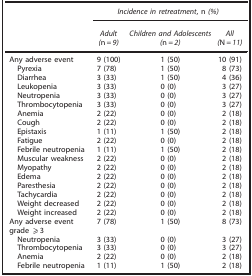
<table><thead><tr><td><b> </b></td><td colspan="3"><b><i>Incidence in retreatment</i>, n <i>(%)</i></b></td></tr><tr><td><b> </b></td><td><b><i>Adult (</i>n<i>=9)</i></b></td><td><b><i>Children and Adolescents (</i>n<i>=2)</i></b></td><td><b><i>All (</i>N<i>=11)</i></b></td></tr></thead><tbody><tr><td>Any adverse event</td><td>9 (100)</td><td>1 (50)</td><td>10 (91)</td></tr><tr><td> Pyrexia</td><td>7 (78)</td><td>1 (50)</td><td>8 (73)</td></tr><tr><td> Diarrhea</td><td>3 (33)</td><td>1 (50)</td><td>4 (36)</td></tr><tr><td> Leukopenia</td><td>3 (33)</td><td>0 (0)</td><td>3 (27)</td></tr><tr><td> Neutropenia</td><td>3 (33)</td><td>0 (0)</td><td>3 (27)</td></tr><tr><td> Thrombocytopenia</td><td>3 (33)</td><td>0 (0)</td><td>3 (27)</td></tr><tr><td> Anemia</td><td>2 (22)</td><td>0 (0)</td><td>2 (18)</td></tr><tr><td> Cough</td><td>2 (22)</td><td>0 (0)</td><td>2 (18)</td></tr><tr><td> Epistaxis</td><td>1 (11)</td><td>1 (50)</td><td>2 (18)</td></tr><tr><td> Fatigue</td><td>2 (22)</td><td>0 (0)</td><td>2 (18)</td></tr><tr><td> Febrile neutropenia</td><td>1 (11)</td><td>1 (50)</td><td>2 (18)</td></tr><tr><td> Muscular weakness</td><td>2 (22)</td><td>0 (0)</td><td>2 (18)</td></tr><tr><td> Myopathy</td><td>2 (22)</td><td>0 (0)</td><td>2 (18)</td></tr><tr><td> Edema</td><td>2 (22)</td><td>0 (0)</td><td>2 (18)</td></tr><tr><td> Paresthesia</td><td>2 (22)</td><td>0 (0)</td><td>2 (18)</td></tr><tr><td> Tachycardia</td><td>2 (22)</td><td>0 (0)</td><td>2 (18)</td></tr><tr><td> Weight decreased</td><td>2 (22)</td><td>0 (0)</td><td>2 (18)</td></tr><tr><td> Weight increased</td><td>2 (22)</td><td>0 (0)</td><td>2 (18)</td></tr><tr><td>Any adverse event grade ⩾3</td><td>7 (78)</td><td>1 (50)</td><td>8 (73)</td></tr><tr><td> Neutropenia</td><td>3 (33)</td><td>0 (0)</td><td>3 (27)</td></tr><tr><td> Thrombocytopenia</td><td>3 (33)</td><td>0 (0)</td><td>3 (27)</td></tr><tr><td> Anemia</td><td>2 (22)</td><td>0 (0)</td><td>2 (18)</td></tr><tr><td> Febrile neutropenia</td><td>1 (11)</td><td>1 (50)</td><td>2 (18)</td></tr></tbody></table>